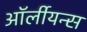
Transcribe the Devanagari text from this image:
ऑर्लीयन्स